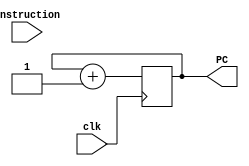
module pc(PC,instruction,clk);

input clk;
input [31:0] instruction;
output reg [31:0] PC;
wire [31:0] nextPC;

initial begin
	PC<=32'b00000000000000000000000000000000;
end
//Incrementing PC
assign nextPC=PC+1;
//Write the next PC to PC
always@ (posedge clk)begin
	PC = nextPC;
end
endmodule